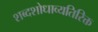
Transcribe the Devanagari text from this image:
शब्दशोधाव्यतिरिक्त